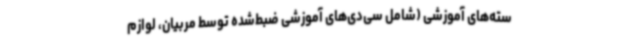
سته‌های آموزشی (شامل سی‌دی‌های آموزشی ضبط‌شده توسط مربیان، لوازم‌